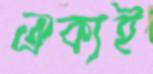
ঐক্যই